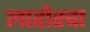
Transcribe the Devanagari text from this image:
लाहोरचा